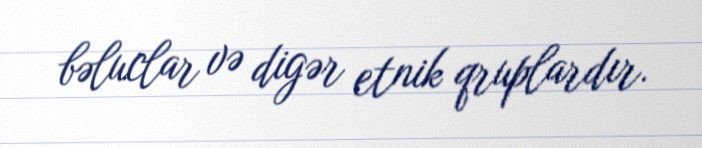
bəluclar və digər etnik qruplardır.